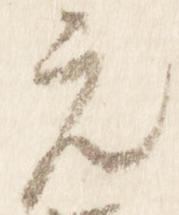
元